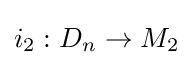
i_{2}:D_{n}\rightarrow M_{2}